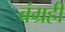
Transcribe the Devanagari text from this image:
बंग्रही